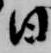
日